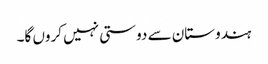
ہندوستان سے دوستی نہیں کروں گا۔